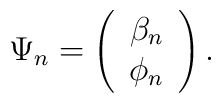
\Psi_n=\left(\begin{array}{c}  \beta_n\\\phi_n \end{array}\right).\nonumber